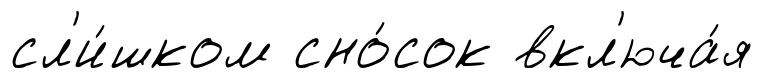
сл'и́шком сно́сок вкл'юча́я